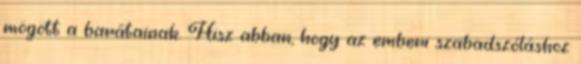
mögött a barátainak. Hisz abban, hogy az emberi szabadszóláshoz